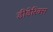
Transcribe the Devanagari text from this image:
डीडेरिक्स